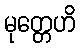
မုတ္တေဟိ